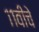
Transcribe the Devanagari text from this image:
११वीचे